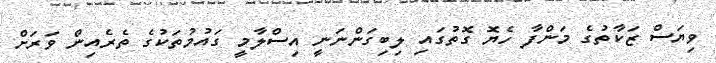
ވިޔަސް ޒަކާތުގެ މަންފާ ހެޔޮ ގޮތުގައި ލިބިގަންނަނީ އިސްލާމީ ގައުމުތަކުގެ ތެރެއިން ވަރަށް